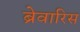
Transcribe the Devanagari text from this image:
ब्रेवारिस